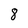
Character: 8